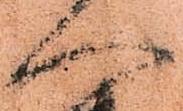
へ